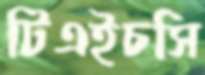
টিএইচসি